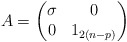
\begin{align*}A = \begin{pmatrix}\sigma & 0 \\0 & 1_{2(n-p)}\end{pmatrix}\end{align*}